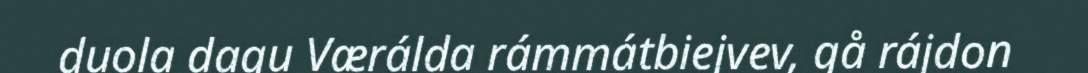
duola dagu Værálda rámmátbiejvev, gå rájdon